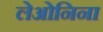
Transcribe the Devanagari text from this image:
लेओनिना